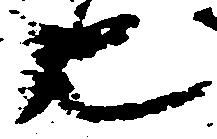
也